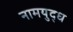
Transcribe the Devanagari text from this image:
नामयुद्ध